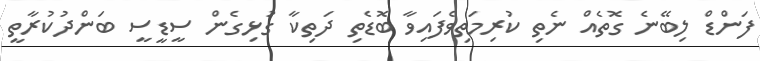
ފަންޑް ލިބޭނެ ގޮތެއް ނެތި ކުރިމަތިވެފައިވާ ބޮޑެތި ދަތިކާ ގުޅިގެން ސީޑީސީ ބަންދުކުރާތީ